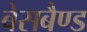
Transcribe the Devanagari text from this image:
बेसबैण्ड